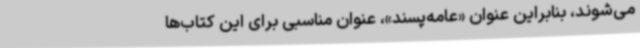
می‌شوند، بنابراین عنوان «عامه‌پسند»، عنوان مناسبی برای این کتاب‌ها